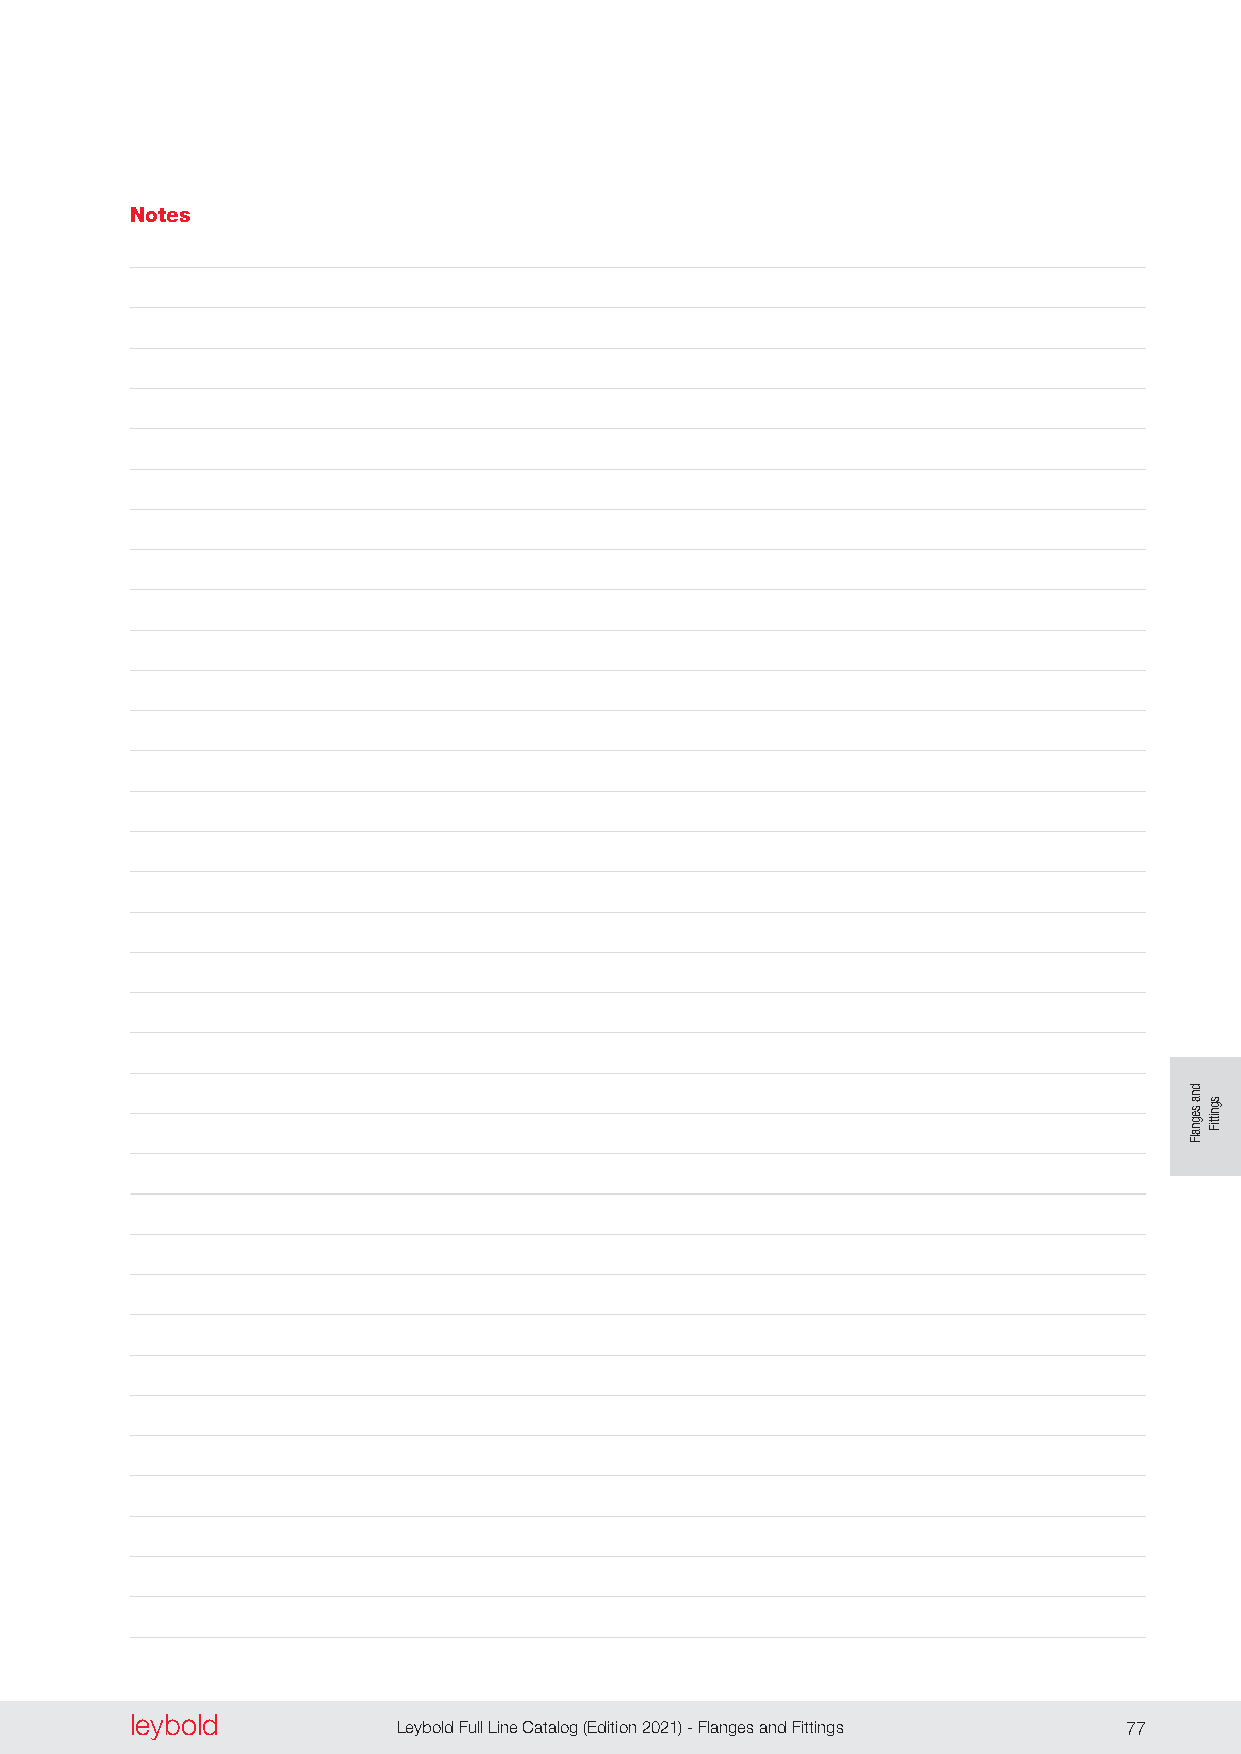
Notes
 leybold  leybold
 76 Leybold Full Line Catalog (Edition 2021) - Flanges and Fittings Leybold Full Line Catalog (Edition 2021) - Flanges and Fittings 77
 dna
 segnalF
 sgnittiF